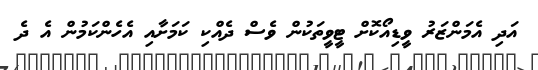
އަދި އެމަންޒަރު ވީޑިއޯކޮށް ޓީވީތަކުން ވެސް ދެއްކި ކަމަށާއި އެހެންކަމުން އެ ދެ